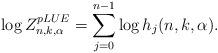
LaTeX: \begin{align*}\log Z_{n,k,\alpha}^{pLUE}=\sum_{j=0}^{n-1}\log h_j(n,k,\alpha).\end{align*}